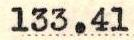
133.41